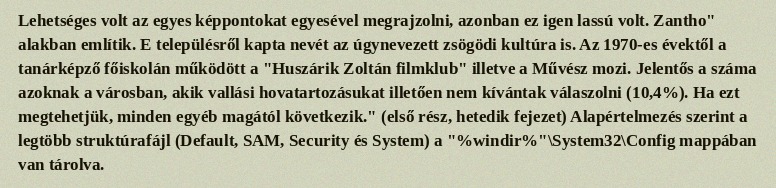
Lehetséges volt az egyes képpontokat egyesével megrajzolni, azonban ez igen lassú volt. Zantho" alakban említik. E településről kapta nevét az úgynevezett zsögödi kultúra is. Az 1970-es évektől a tanárképző főiskolán működött a "Huszárik Zoltán filmklub" illetve a Művész mozi. Jelentős a száma azoknak a városban, akik vallási hovatartozásukat illetően nem kívántak válaszolni (10,4%). Ha ezt megtehetjük, minden egyéb magától következik." (első rész, hetedik fejezet) Alapértelmezés szerint a legtöbb struktúrafájl (Default, SAM, Security és System) a "%windir%"\System32\Config mappában van tárolva.